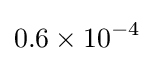
0.6\times 10^{-4}